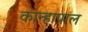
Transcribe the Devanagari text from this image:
कान्हापाल